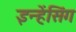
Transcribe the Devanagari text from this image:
इन्हेंसिंग